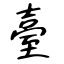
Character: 臺